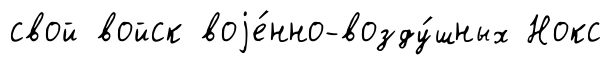
свой войск воjе́нно-возду́шных Нокс